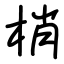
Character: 梢